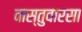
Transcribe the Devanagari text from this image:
वास्तुवारसा